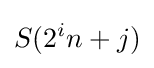
S(2^{i}n+j)